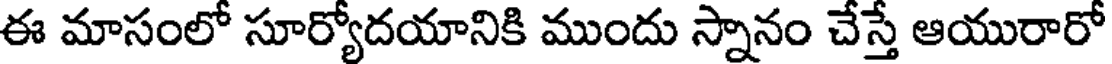
ఈ మాసంలో సూర్యోదయానికి ముందు స్నానం చేస్తే ఆయురారో